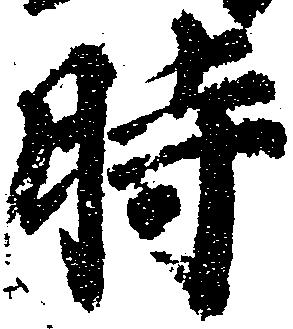
時